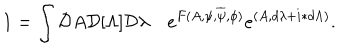
1 = \int { \cal D } A { \cal D } [ \Lambda ] { \cal D } \lambda \quad e ^ { F ( A , \psi , \overline { { \psi } } , \phi ) } e ^ { ( A , d \lambda + i \ast d \Lambda ) } .